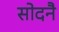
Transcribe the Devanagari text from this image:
सोदनै